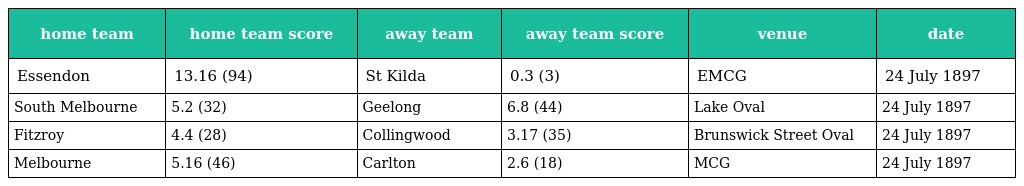
| home team | home team score | away team | away team score | venue | date |
 | --- | --- | --- | --- | --- | --- |
 | Essendon | 13.16 (94) | St Kilda | 0.3 (3) | EMCG | 24 July 1897 |
 | South Melbourne | 5.2 (32) | Geelong | 6.8 (44) | Lake Oval | 24 July 1897 |
 | Fitzroy | 4.4 (28) | Collingwood | 3.17 (35) | Brunswick Street Oval | 24 July 1897 |
 | Melbourne | 5.16 (46) | Carlton | 2.6 (18) | MCG | 24 July 1897 |